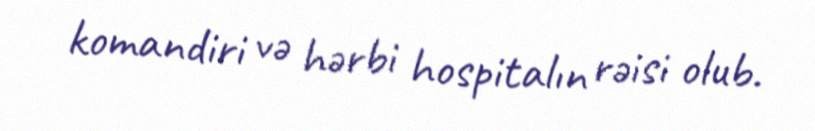
komandiri və hərbi hospitalın rəisi olub.